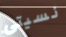
نسيتي